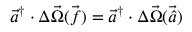
\Vec { a } ^ { \dagger } \cdot \Delta \vec { \Omega } { \Vec { ( f ) } } = \Vec { a } ^ { \dagger } \cdot \Delta \vec { \Omega } { \Vec { ( \hat { a } ) } }